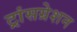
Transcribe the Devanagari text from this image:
ट्रांसग्रेशन